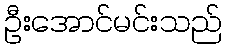
ဦးအောင်မင်းသည်